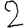
Digit: 2